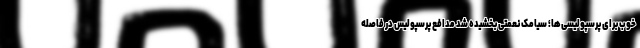
خوب برای پرسپولیسی‌ها؛ سیامک نعمتی بخشیده شد مدافع پرسپولیس در فاصله